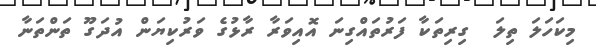
މިކަހަލަ ތިލަ  ގިރިތަކާ ފަރުތައްގިނަ އޮއިވަރާ ރާޅުގެ ވަރުކިޔަން އުދަގޫ ތަންތަނާ